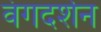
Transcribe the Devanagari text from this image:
वंगदर्शन